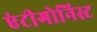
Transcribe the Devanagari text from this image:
एंटीगोनिस्ट